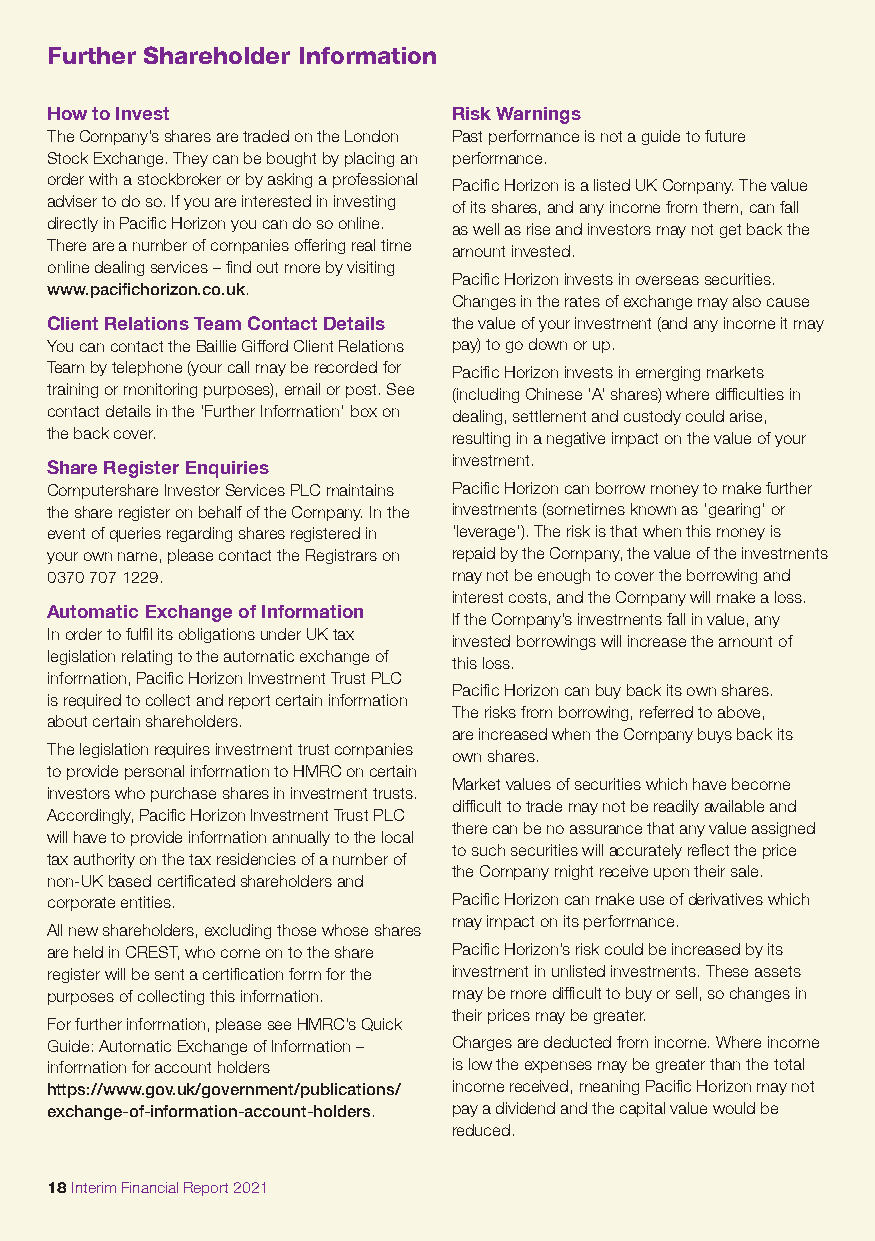
Further Shareholder Information
 How to Invest              Risk Warnings
 The Company’s shares are traded on the London Past performance is not a guide to future
 Stock Exchange. They can be bought by placing an performance.
 order with a stockbroker or by asking a professional Pacific Horizon is a listed UK Company. The value
 adviser to do so. If you are interested in investing of its shares, and any income from them, can fall
 directly in Pacific Horizon you can do so online. as well as rise and investors may not get back the
 There are a number of companies offering real time amount invested.
 online dealing services – find out more by visiting
 Pacific Horizon invests in overseas securities.
 www.pacifichorizon.co.uk.
 Changes in the rates of exchange may also cause
 Client Relations Team Contact Details the value of your investment (and any income it may
 You can contact the Baillie Gifford Client Relations pay) to go down or up.
 Team by telephone (your call may be recorded for Pacific Horizon invests in emerging markets
 training or monitoring purposes), email or post. See (including Chinese ‘A’ shares) where difficulties in
 contact details in the ‘Further Information’ box on dealing, settlement and custody could arise,
 the back cover.            resulting in a negative impact on the value of your
 investment.
 Share Register Enquiries
 Computershare Investor Services PLC maintains Pacific Horizon can borrow money to make further
 the share register on behalf of the Company. In the investments (sometimes known as ‘gearing’ or
 event of queries regarding shares registered in ‘leverage’). The risk is that when this money is
 your own name, please contact the Registrars on repaid by the Company, the value of the investments
 0370 707 1229.             may not be enough to cover the borrowing and
 interest costs, and the Company will make a loss.
 Automatic Exchange of Information
 If the Company’s investments fall in value, any
 In order to fulfil its obligations under UK tax
 invested borrowings will increase the amount of
 legislation relating to the automatic exchange of
 this loss.
 information, Pacific Horizon Investment Trust PLC
 Pacific Horizon can buy back its own shares.
 is required to collect and report certain information
 The risks from borrowing, referred to above,
 about certain shareholders.
 are increased when the Company buys back its
 The legislation requires investment trust companies
 own shares.
 to provide personal information to HMRC on certain
 Market values of securities which have become
 investors who purchase shares in investment trusts.
 difficult to trade may not be readily available and
 Accordingly, Pacific Horizon Investment Trust PLC
 there can be no assurance that any value assigned
 will have to provide information annually to the local
 to such securities will accurately reflect the price
 tax authority on the tax residencies of a number of
 the Company might receive upon their sale.
 non-UK based certificated shareholders and
 corporate entities.        Pacific Horizon can make use of derivatives which
 may impact on its performance.
 All new shareholders, excluding those whose shares
 are held in CREST, who come on to the share Pacific Horizon’s risk could be increased by its
 register will be sent a certification form for the investment in unlisted investments. These assets
 purposes of collecting this information. may be more difficult to buy or sell, so changes in
 their prices may be greater.
 For further information, please see HMRC’s Quick
 Guide: Automatic Exchange of Information – Charges are deducted from income. Where income
 information for account holders is low the expenses may be greater than the total
 https://www.gov.uk/government/publications/ income received, meaning Pacific Horizon may not
 exchange-of-information-account-holders. pay a dividend and the capital value would be
 reduced.
 18 Interim Financial Report 2021